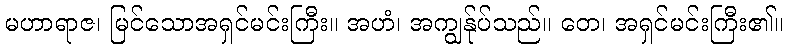
မဟာရာဇ၊ မြင်သောအရှင်မင်းကြီး။ အဟံ၊ အကျွန်ုပ်သည်။ တေ၊ အရှင်မင်းကြီး၏။